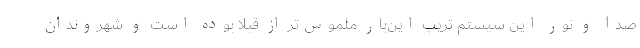
صدا و نور این سیستم تریپ این‌بار ملموس‌تر از قبلا بوده است و شهروندان